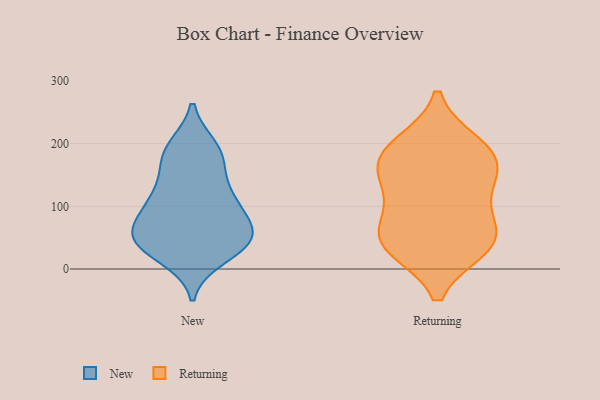
{"axis": {"x": "Churn Rate (%)", "y": "Value"}, "legend": ["New", "Returning"], "data": [{"x": "", "y": 51, "type": "New"}, {"x": "", "y": 45, "type": "New"}, {"x": "", "y": 193, "type": "New"}, {"x": "", "y": 46, "type": "New"}, {"x": "", "y": 38, "type": "New"}, {"x": "", "y": 126, "type": "New"}, {"x": "", "y": 20, "type": "New"}, {"x": "", "y": 60, "type": "New"}, {"x": "", "y": 106, "type": "New"}, {"x": "", "y": 36, "type": "New"}, {"x": "", "y": 113, "type": "New"}, {"x": "", "y": 80, "type": "New"}, {"x": "", "y": 186, "type": "New"}, {"x": "", "y": 63, "type": "New"}, {"x": "", "y": 185, "type": "New"}, {"x": "", "y": 107, "type": "New"}, {"x": "", "y": 167, "type": "New"}, {"x": "", "y": 178, "type": "Returning"}, {"x": "", "y": 125, "type": "Returning"}, {"x": "", "y": 78, "type": "Returning"}, {"x": "", "y": 165, "type": "Returning"}, {"x": "", "y": 35, "type": "Returning"}, {"x": "", "y": 54, "type": "Returning"}, {"x": "", "y": 42, "type": "Returning"}, {"x": "", "y": 198, "type": "Returning"}, {"x": "", "y": 38, "type": "Returning"}, {"x": "", "y": 188, "type": "Returning"}, {"x": "", "y": 138, "type": "Returning"}]}